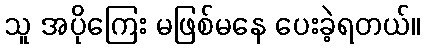
သူ အပိုကြေး မဖြစ်မနေ ပေးခဲ့ရတယ်။